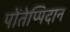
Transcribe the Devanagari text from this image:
पोंतेप्पिदान